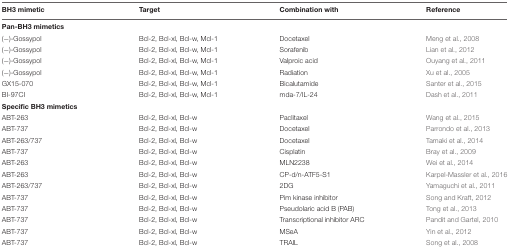
<table><thead><tr><td><b>BH3 mimetic</b></td><td><b>Target</b></td><td><b>Combination with</b></td><td><b>Reference</b></td></tr></thead><tbody><tr><td><b>Pan-BH3 mimetics</b></td><td></td><td></td><td></td></tr><tr><td>(-)-Gossypol</td><td>Bcl-2, Bcl-xl, Bcl-w, Mcl-1</td><td>Docetaxel</td><td>Meng et al., 2008</td></tr><tr><td>(-)-Gossypol</td><td>Bcl-2, Bcl-xl, Bcl-w, Mcl-1</td><td>Sorafenib</td><td>Lian et al., 2012</td></tr><tr><td>(-)-Gossypol</td><td>Bcl-2, Bcl-xl, Bcl-w, Mcl-1</td><td>Valproic acid</td><td>Ouyang et al., 2011</td></tr><tr><td>(-)-Gossypol</td><td>Bcl-2, Bcl-xl, Bcl-w, Mcl-1</td><td>Radiation</td><td>Xu et al., 2005</td></tr><tr><td>GX15-070</td><td>Bcl-2, Bcl-xl, Bcl-w, Mcl-1</td><td>Bicalutamide</td><td>Santer et al., 2015</td></tr><tr><td>BI-97CI</td><td>Bcl-2, Bcl-xl, Bcl-w, Mcl-1</td><td>mda-7/IL-24</td><td>Dash et al., 2011</td></tr><tr><td><b>Specific BH3 mimetics</b></td><td></td><td></td><td></td></tr><tr><td>ABT-263</td><td>Bcl-2, Bcl-xl, Bcl-w</td><td>Paclitaxel</td><td>Wang et al., 2015</td></tr><tr><td>ABT-737</td><td>Bcl-2, Bcl-xl, Bcl-w</td><td>Docetaxel</td><td>Parrondo et al., 2013</td></tr><tr><td>ABT-263/737</td><td>Bcl-2, Bcl-xl, Bcl-w</td><td>Docetaxel</td><td>Tamaki et al., 2014</td></tr><tr><td>ABT-737</td><td>Bcl-2, Bcl-xl, Bcl-w</td><td>Cisplatin</td><td>Bray et al., 2009</td></tr><tr><td>ABT-263</td><td>Bcl-2, Bcl-xl, Bcl-w</td><td>MLN2238</td><td>Wei et al., 2014</td></tr><tr><td>ABT-263</td><td>Bcl-2, Bcl-xl, Bcl-w</td><td>CP-d/n-ATF5-S1</td><td>Karpel-Massler et al., 2016</td></tr><tr><td>ABT-263/737</td><td>Bcl-2, Bcl-xl, Bcl-w</td><td>2DG</td><td>Yamaguchi et al., 2011</td></tr><tr><td>ABT-737</td><td>Bcl-2, Bcl-xl, Bcl-w</td><td>Pim kinase inhibitor</td><td>Song and Kraft, 2012</td></tr><tr><td>ABT-737</td><td>Bcl-2, Bcl-xl, Bcl-w</td><td>Pseudolaric acid B (PAB)</td><td>Tong et al., 2013</td></tr><tr><td>ABT-737</td><td>Bcl-2, Bcl-xl, Bcl-w</td><td>Transcriptional inhibitor ARC</td><td>Pandit and Gartel, 2010</td></tr><tr><td>ABT-737</td><td>Bcl-2, Bcl-xl, Bcl-w</td><td>MSeA</td><td>Yin et al., 2012</td></tr><tr><td>ABT-737</td><td>Bcl-2, Bcl-xl, Bcl-w</td><td>TRAIL</td><td>Song et al., 2008</td></tr></tbody></table>